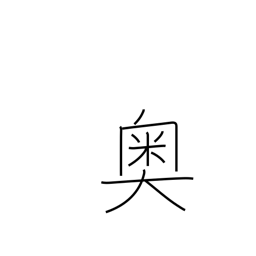
Meaning: interior